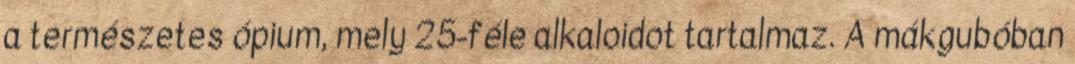
a természetes ópium, mely 25-féle alkaloidot tartalmaz. A mákgubóban